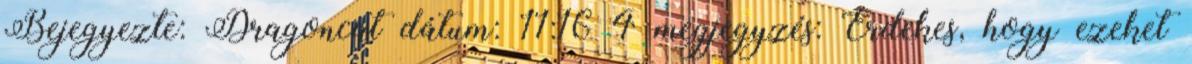
Bejegyezte: Dragoncat dátum: 11:16 4 megjegyzés: Érdekes, hogy ezeket